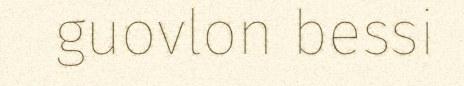
guovlon bessi